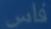
فاس